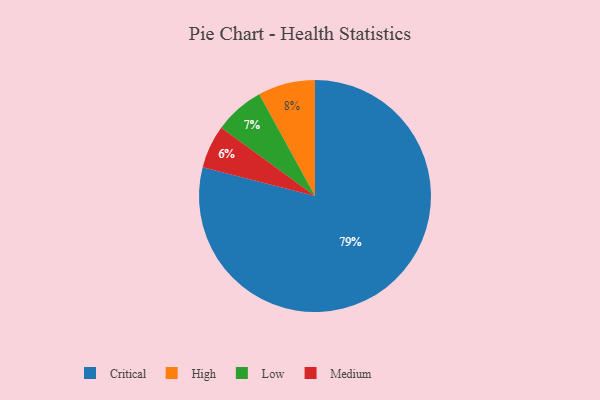
{"axis": {"x": "Category", "y": "Percentage"}, "legend": ["Critical", "High", "Low", "Medium"], "data": [{"x": "Critical", "y": 79, "type": "Critical"}, {"x": "Medium", "y": 6, "type": "Medium"}, {"x": "High", "y": 8, "type": "High"}, {"x": "Low", "y": 7, "type": "Low"}]}